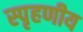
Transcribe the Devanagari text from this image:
स्‍पृहणीय